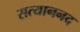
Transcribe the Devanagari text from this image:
सत्याननद